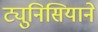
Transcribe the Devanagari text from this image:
ट्युनिसियाने